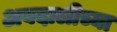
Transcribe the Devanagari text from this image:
अबदालीच्या